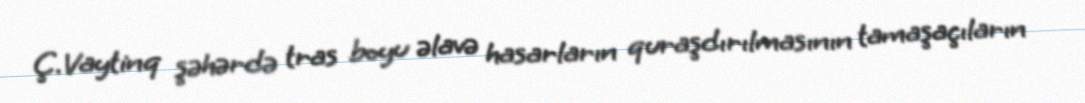
Ç.Vaytinq şəhərdə tras boyu əlavə hasarların quraşdırılmasının tamaşaçıların